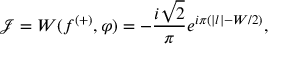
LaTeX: \mathcal { J } = W ( f ^ { ( + ) } , \varphi ) = - \frac { i \sqrt { 2 } } { \pi } e ^ { i \pi ( | l | - W / 2 ) } ,